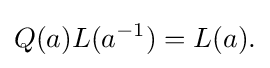
\displaystyle {Q(a)L(a^{-1})=L(a).}